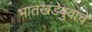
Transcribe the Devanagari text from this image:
भातखंडेबुवांचे